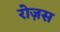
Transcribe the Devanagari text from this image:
रोज़स